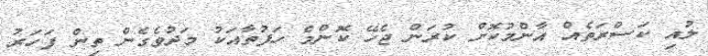
ލުއި ކަސްރަތެއް އާންމުކޮށް ކުރަން ޖެހޭ ކޮންމެ ހަފުތާއަކު މަދުވެގެން ތިން ފަހަރު